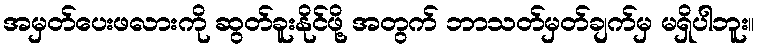
အမှတ်ပေးဖလားကို ဆွတ်ခူးနိုင်ဖို့ အတွက် ဘာသတ်မှတ်ချက်မှ မရှိပါဘူး။